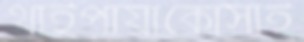
থাইপায়াকোসাই